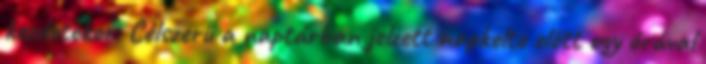
kezdetekor. Célszerű a naptárban jelzett napkelte előtt egy órával